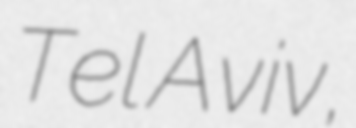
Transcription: Tel Aviv,